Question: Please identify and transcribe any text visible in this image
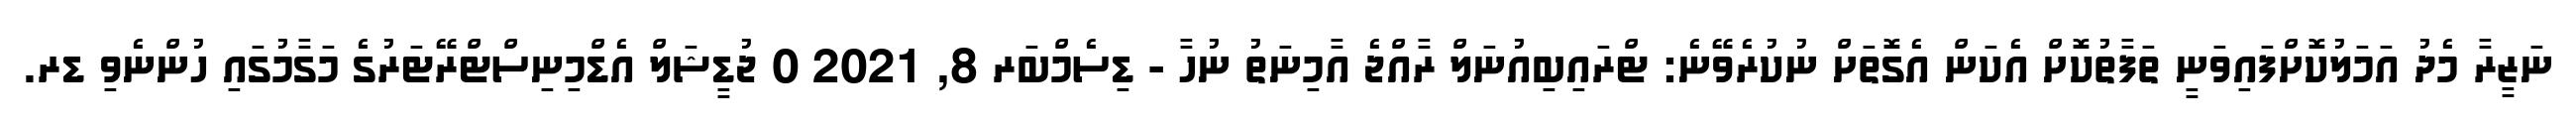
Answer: ނަޒީރާ މެދު އަމަލުކޮށްފައިވަނީ ތަފާތުކޮށް އެކަން އެގޮތަށް ނުކުރެވޭނެ: ޓްރައިބިއުނަލް ރާއްޖެ އާމިނަތު ނުހާ - ޑިސެމްބަރ 8, 2021 0 ޖުޑީޝަލް އެޑްމިނިސްޓްރޭޓަރުގެ މަގާމުގައި ހުންނެވި ޑރ.